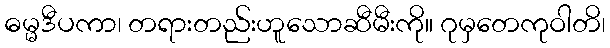
ဓမ္မဒီပကာ၊ တရားတည်းဟူသောဆီမီးကို။ ဂုမှတေကုဝါတိ၊